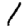
Digit: 1